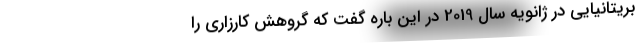
بریتانیایی در ژانویه سال 2019 در این باره گفت که گروهش کارزاری را